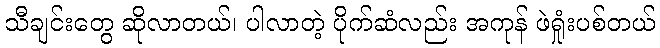
သီချင်းတွေ ဆိုလာတယ်၊ ပါလာတဲ့ ပိုက်ဆံလည်း အကုန် ဖဲရှုံးပစ်တယ်